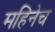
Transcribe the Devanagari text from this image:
महिनेच